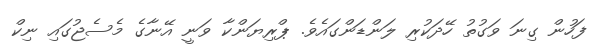
ފަހުން ގިނަ ވަގުތު ހޭދަކުރި ލަންޑަންގައެވެ. ޕްރިޔަންކާ ވަނީ އޭނާގެ މެސެޖުގައި ނިކް